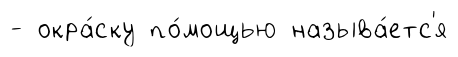
- окра́ску по́мощью называ́етс'я